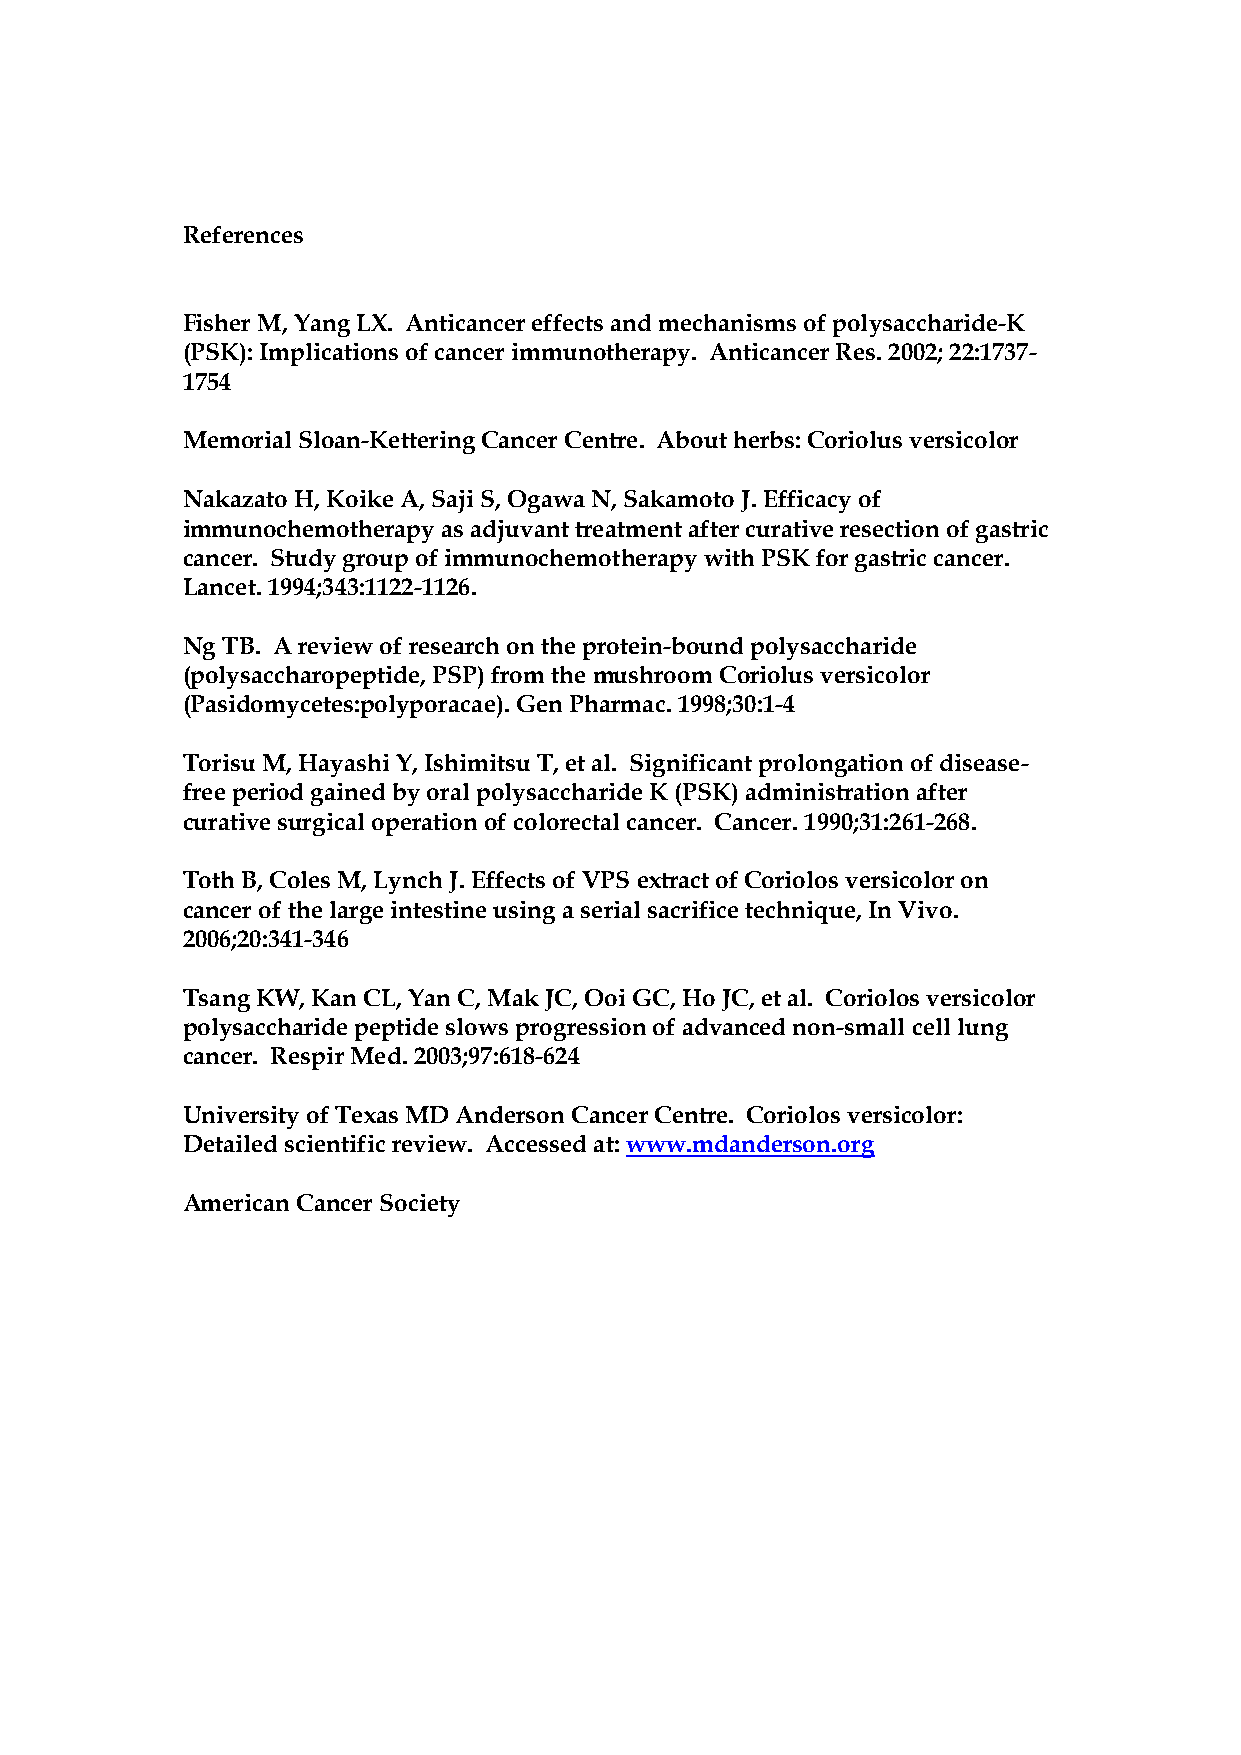
References
 Fisher M, Yang LX. Anticancer effects and mechanisms of polysaccharide-K
 (PSK): Implications of cancer immunotherapy. Anticancer Res. 2002; 22:1737-
 1754
 Memorial Sloan-Kettering Cancer Centre. About herbs: Coriolus versicolor
 Nakazato H, Koike A, Saji S, Ogawa N, Sakamoto J. Efficacy of
 immunochemotherapy as adjuvant treatment after curative resection of gastric
 cancer. Study group of immunochemotherapy with PSK for gastric cancer.
 Lancet. 1994;343:1122-1126.
 Ng TB. A review of research on the protein-bound polysaccharide
 (polysaccharopeptide, PSP) from the mushroom Coriolus versicolor
 (Pasidomycetes:polyporacae). Gen Pharmac. 1998;30:1-4
 Torisu M, Hayashi Y, Ishimitsu T, et al. Significant prolongation of disease-
 free period gained by oral polysaccharide K (PSK) administration after
 curative surgical operation of colorectal cancer. Cancer. 1990;31:261-268.
 Toth B, Coles M, Lynch J. Effects of VPS extract of Coriolos versicolor on
 cancer of the large intestine using a serial sacrifice technique, In Vivo.
 2006;20:341-346
 Tsang KW, Kan CL, Yan C, Mak JC, Ooi GC, Ho JC, et al. Coriolos versicolor
 polysaccharide peptide slows progression of advanced non-small cell lung
 cancer. Respir Med. 2003;97:618-624
 University of Texas MD Anderson Cancer Centre. Coriolos versicolor:
 Detailed scientific review. Accessed at: www.mdanderson.org
 American Cancer Society